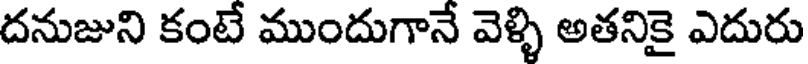
దనుజుని కంటే ముందుగానే వెళ్ళి అతనికై ఎదురు